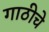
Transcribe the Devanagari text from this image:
गाठीचे